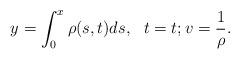
LaTeX: \begin{align*}y=\int_0^x\rho(s,t) ds,\ \ t=t;v=\frac{1}{\rho}.\end{align*}